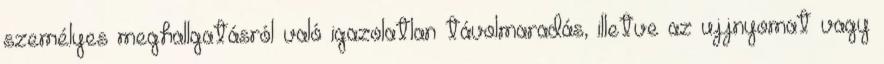
személyes meghallgatásról való igazolatlan távolmaradás, illetve az ujjnyomat vagy